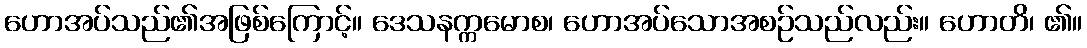
ဟောအပ်သည်၏အဖြစ်ကြောင့်။ ဒေသနက္ကမောစ၊ ဟောအပ်သောအစဉ်သည်လည်း။ ဟောတိ၊ ၏။